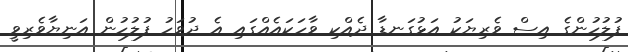
ފުލުހުންގެ އިސް ވެރިޔަކު އަޅުގަނޑާ ދެއްކި ވާހަކައެއްގައި އެ ދުވަހު ފުލުހުން އަނިޔާވެރިވީ